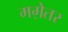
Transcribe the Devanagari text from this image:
मग़ेतर